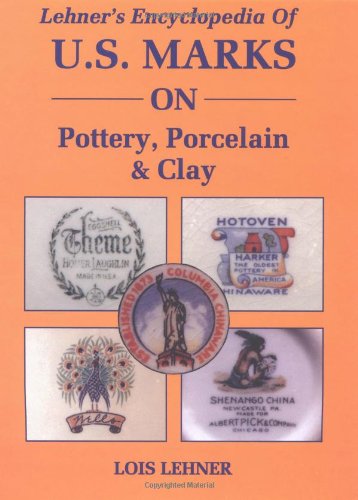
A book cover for Lehner's Encyclopedia Of US Marks On Pottery, Porcelain Clay; Lois Lehner; Crafts, Hobbies & Home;